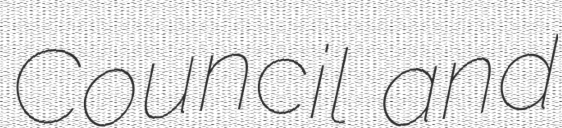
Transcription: Council and